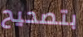
بتصحيح